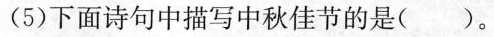
(5)下面诗句中描写中秋佳节的是()。